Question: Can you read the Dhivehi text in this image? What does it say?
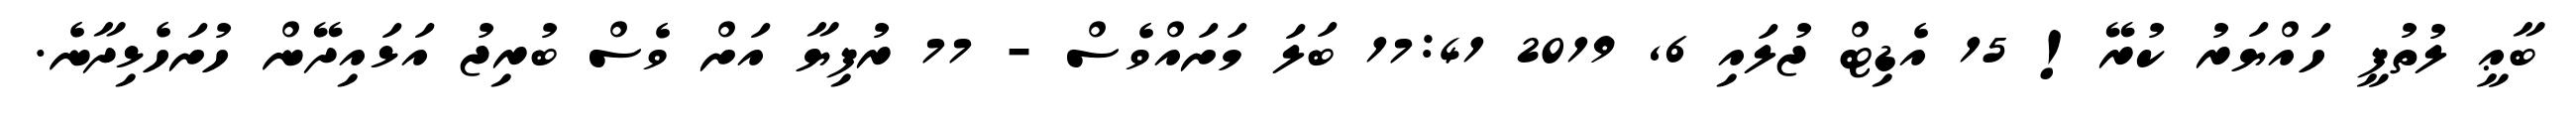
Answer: ބާޢީ ލުތުފީ ހައްޔަރު ކުރޭ! 15 އެޑިޓް ޖުލައި 6, 2019 17:41 ބަލަ މަށައްވެސް - 77 ރުފިޔާ އަށް ވެސް ބުރިޖު އަޅައިދޭން ހުށަހެޅިދާނެ.